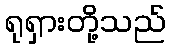
ရုရှားတို့သည်